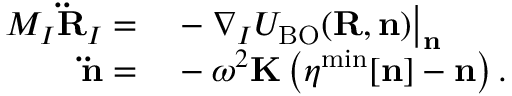
\begin{array} { r l } { M _ { I } { \bf \ddot { R } } _ { I } = } & { { } - \nabla _ { I } { \cal U } _ { \mathrm { B O } } ( { \bf R , n } ) \big \vert _ { \bf n } } \\ { { \bf \ddot { n } } = } & { { } - \omega ^ { 2 } { \bf K } \left( { \boldsymbol \eta } ^ { \mathrm { m i n } } [ { \bf n } ] - { \bf n } \right) . } \end{array}